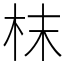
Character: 枺